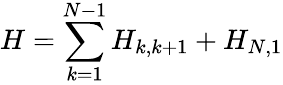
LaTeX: H=\sum_{k=1}^{N-1}H_{k,k+1}+H_{N,1}